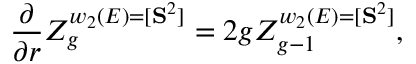
{ \frac { \partial } { \partial r } } Z _ { g } ^ { w _ { 2 } ( E ) = [ { \bf S } ^ { 2 } ] } = 2 g Z _ { g - 1 } ^ { w _ { 2 } ( E ) = [ { \bf S } ^ { 2 } ] } ,